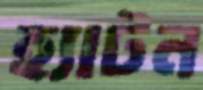
হ্যাটন